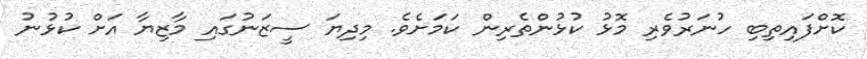
ކޮށްފައިތިބި ހުނަރުވެރި މޮޅު ކުޅުންތެރިން ކަމަށެވެ. މިދިޔަ ސީޒަނުގައި މާޒިޔާ އަށް ކުޅުނު